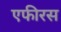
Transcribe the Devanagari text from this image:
एफीरस